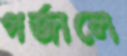
গর্জালে